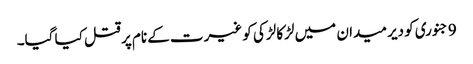
9 جنوری کو دیر میدان میں لڑکا لڑکی کو غیرت کے نام پر قتل کیا گیا۔